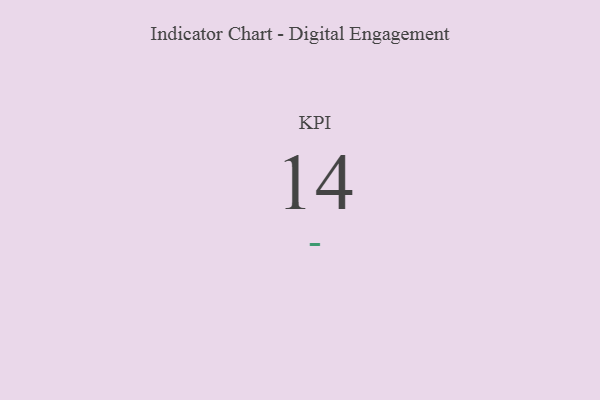
{"axis": {"x": "KPI", "y": "Value"}, "legend": [""], "data": [{"x": "KPI", "y": 14, "type": ""}]}